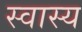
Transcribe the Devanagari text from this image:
स्वास्य